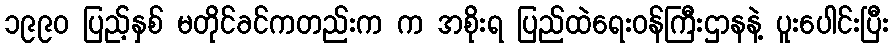
၁၉၉၀ ပြည့်နှစ် မတိုင်ခင်ကတည်းက က အစိုးရ ပြည်ထဲရေးဝန်ကြီးဌာနနဲ့ ပူးပေါင်းပြီး